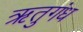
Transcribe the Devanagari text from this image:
ऋतुगंध